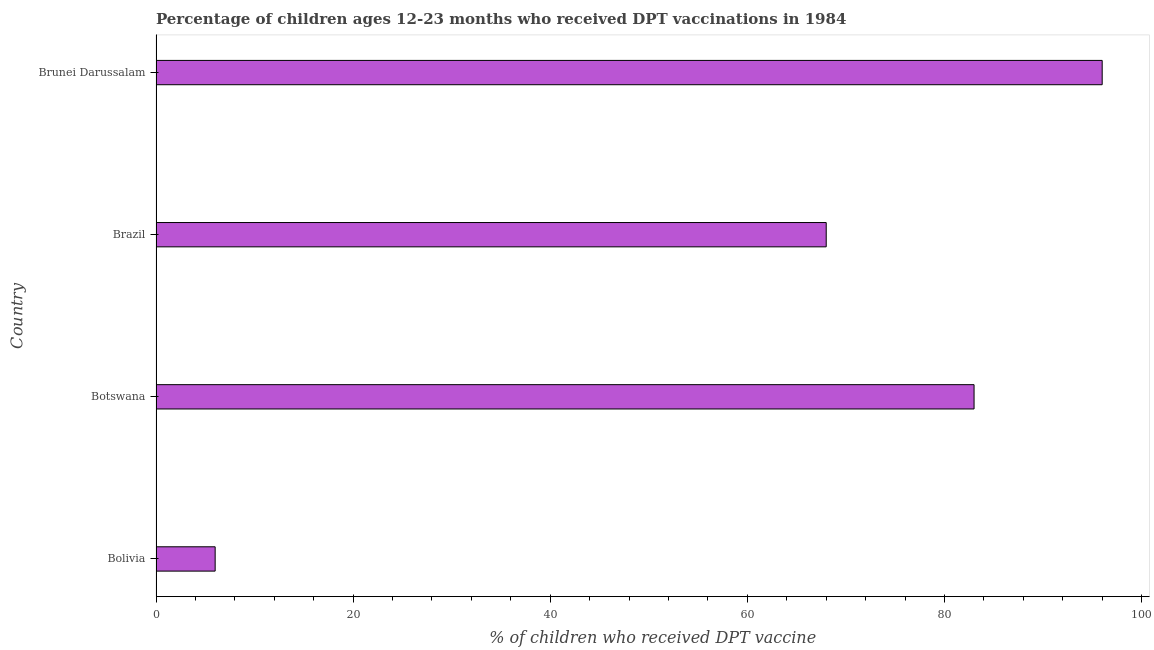
| Country | Immunization |
 | --- | --- |
 | Bolivia | 6 |
 | Botswana | 83 |
 | Brazil | 68 |
 | Brunei Darussalam | 96 |